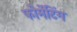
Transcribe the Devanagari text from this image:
फोर्मेटिंग